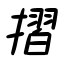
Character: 摺